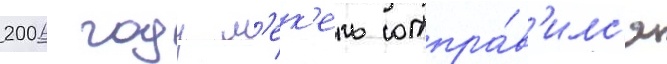
2006 году м'ек'ель отпра́в'илс'я